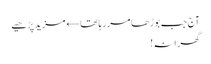
آج جب بوڑھا مر رہا تھا← مزید پڑھیے
گھرانہ!